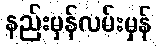
နည်းမှန်လမ်းမှန်